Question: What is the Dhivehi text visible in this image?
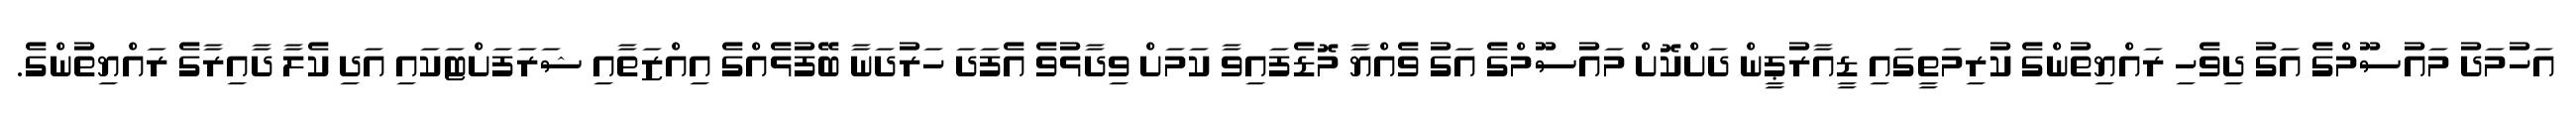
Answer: އަހުމަދު މައުސޫމްގެ އަގު ދިވެހި ރައްޔިތުންގެ ކުރިމަތީގައި ޑީއާރުޕީން ދަށްކޮށް މައުސޫމްގެ އަގު ވެއްޔާ މޮޑެފައިވާ ކަމަށް ވިދާޅުވެ އެފަދަ ހަރުދަނާ ބޭފުޅެއްގެ އިއްޒަތާއި ޝަރަފަށްޓަކައި އަދި ކެލާ ދާއިރާގެ ރައްޔިތުންގެ.